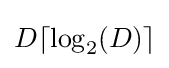
D\lceil \log _{2}(D)\rceil